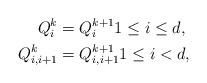
LaTeX: \begin{align*} Q_i^k &= Q_i^{k+1} 1 \leq i \leq d,\\ Q_{i,i+1}^k &= Q_{i,i+1}^{k+1} 1 \leq i < d, \end{align*}